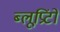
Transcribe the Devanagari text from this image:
ब्लूप्रिंटों